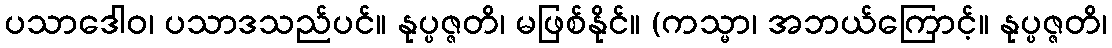
ပသာဒေါဝ၊ ပသာဒသည်ပင်။ နုပ္ပဇ္ဇတိ၊ မဖြစ်နိုင်။ (ကသ္မာ၊ အဘယ်ကြောင့်။ နုပ္ပဇ္ဇတိ၊